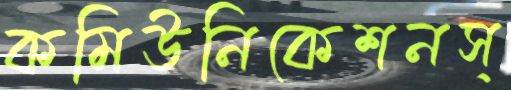
কমিউনিকেশনস্